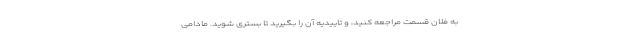
به فلان قسمت مراجعه کنید، و تاییدیه آن را بگیرید تا بستری شوید. مادامی